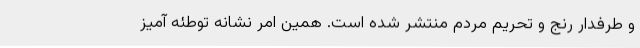
و طرفدار رنج و تحریم مردم منتشر شده است. همین امر نشانه توطئه آمیز